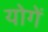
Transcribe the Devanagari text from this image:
योगें